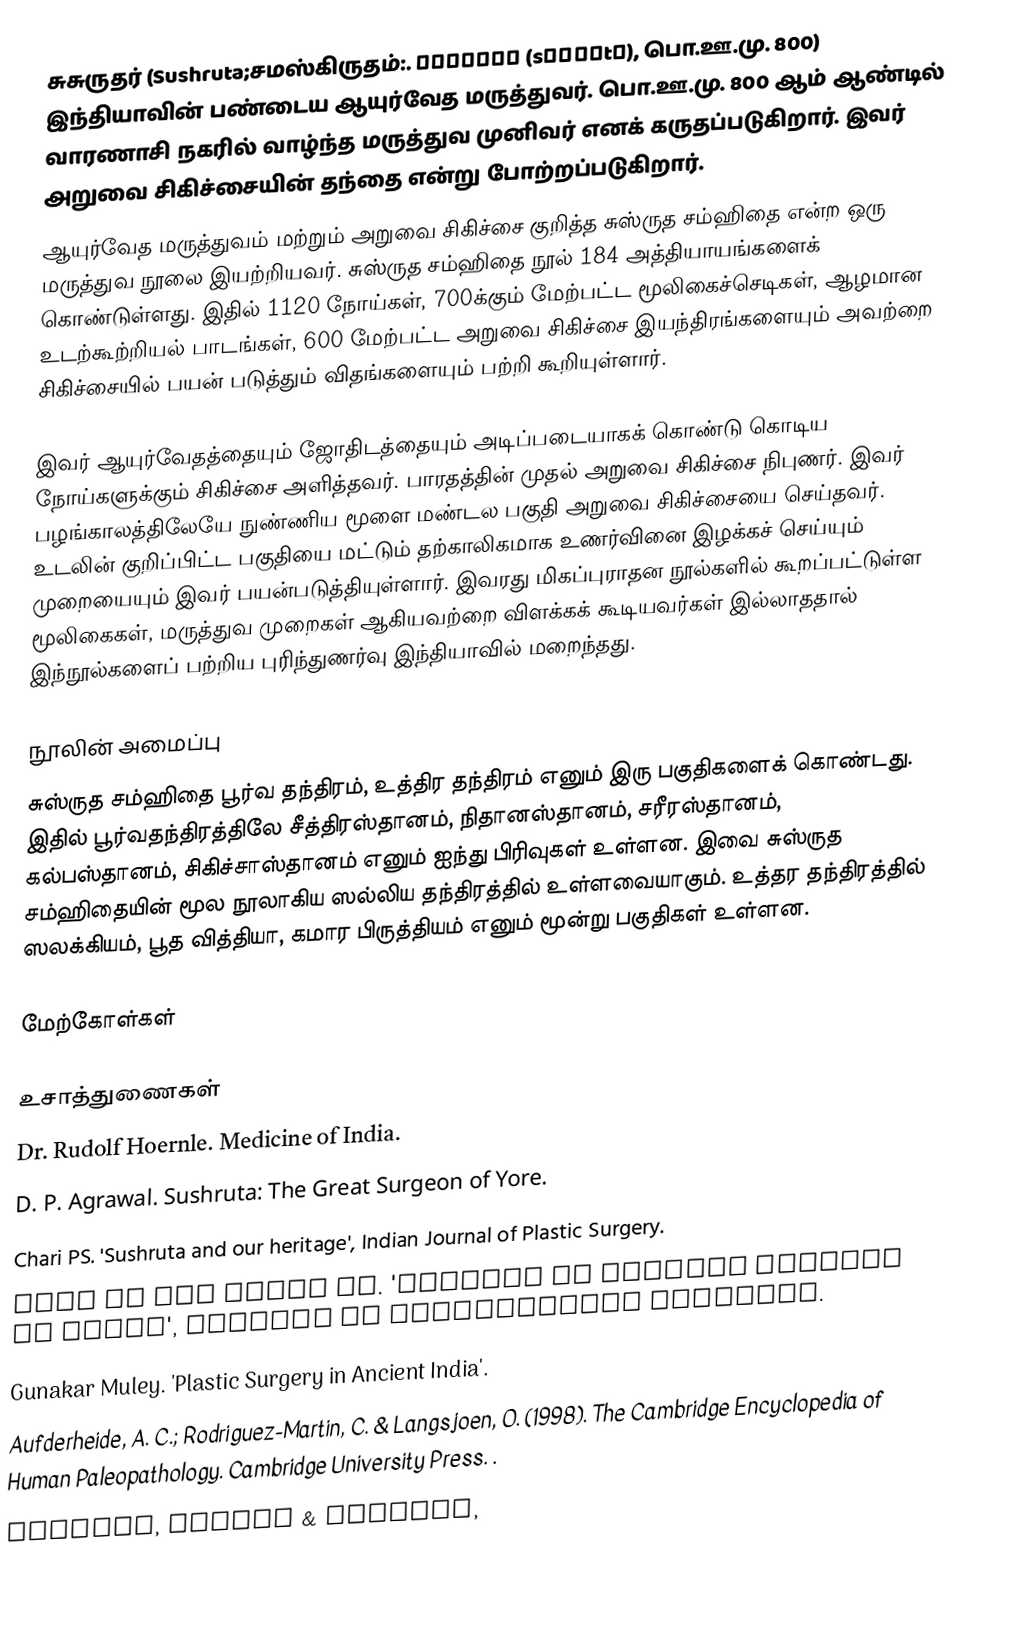
சுசுருதர் (Sushruta;சமஸ்கிருதம்:. सुश्रुत (sʊʃɾʊt̪), பொ.ஊ.மு. 800) இந்தியாவின் பண்டைய ஆயுர்வேத மருத்துவர். பொ.ஊ.மு. 800 ஆம் ஆண்டில் வாரணாசி நகரில் வாழ்ந்த மருத்துவ முனிவர் எனக் கருதப்படுகிறார். இவர் அறுவை சிகிச்சையின் தந்தை என்று போற்றப்படுகிறார்.
ஆயுர்வேத மருத்துவம் மற்றும் அறுவை சிகிச்சை  குறித்த சுஸ்ருத சம்ஹிதை என்ற ஒரு மருத்துவ நூலை இயற்றியவர். சுஸ்ருத சம்ஹிதை  நூல் 184 அத்தியாயங்களைக் கொண்டுள்ளது. இதில் 1120 நோய்கள், 700க்கும் மேற்பட்ட மூலிகைச்செடிகள், ஆழமான உடற்கூற்றியல் பாடங்கள், 600 மேற்பட்ட அறுவை சிகிச்சை இயந்திரங்களையும் அவற்றை சிகிச்சையில் பயன் படுத்தும் விதங்களையும் பற்றி கூறியுள்ளார்.

இவர் ஆயுர்வேதத்தையும் ஜோதிடத்தையும் அடிப்படையாகக் கொண்டு கொடிய நோய்களுக்கும் சிகிச்சை அளித்தவர். பாரதத்தின் முதல் அறுவை சிகிச்சை நிபுணர். இவர் பழங்காலத்திலேயே நுண்ணிய மூளை மண்டல பகுதி அறுவை சிகிச்சையை செய்தவர். உடலின் குறிப்பிட்ட பகுதியை மட்டும் தற்காலிகமாக உணர்வினை இழக்கச் செய்யும் முறையையும் இவர் பயன்படுத்தியுள்ளார். இவரது மிகப்புராதன நூல்களில் கூறப்பட்டுள்ள மூலிகைகள், மருத்துவ முறைகள் ஆகியவற்றை விளக்கக் கூடியவர்கள் இல்லாததால் இந்நூல்களைப் பற்றிய புரிந்துணர்வு இந்தியாவில் மறைந்தது.

நூலின் அமைப்பு
சுஸ்ருத சம்ஹிதை பூர்வ தந்திரம், உத்திர தந்திரம் எனும் இரு பகுதிகளைக் கொண்டது. இதில் பூர்வதந்திரத்திலே சீத்திரஸ்தானம், நிதானஸ்தானம், சரீரஸ்தானம், கல்பஸ்தானம், சிகிச்சாஸ்தானம் எனும் ஐந்து பிரிவுகள் உள்ளன. இவை சுஸ்ருத சம்ஹிதையின் மூல நூலாகிய ஸல்லிய தந்திரத்தில் உள்ளவையாகும். உத்தர தந்திரத்தில் ஸலக்கியம், பூத வித்தியா, கமார பிருத்தியம் எனும் மூன்று பகுதிகள் உள்ளன.

மேற்கோள்கள்

உசாத்துணைகள்
Dr. Rudolf Hoernle. Medicine of India.
D. P. Agrawal.  Sushruta: The Great Surgeon of Yore.
Chari PS.  'Sushruta and our heritage', Indian Journal of Plastic Surgery.
Rana RE and  Arora BS.  'History of Plastic Surgery in India', Journal of Postgraduate Medicine.
Gunakar Muley.  'Plastic Surgery in Ancient India'.
 Aufderheide,   A. C.; Rodriguez-Martin,  C. & Langsjoen, O. (1998). The Cambridge Encyclopedia of Human  Paleopathology. Cambridge  University Press. .
 Dwivedi, Girish & Dwivedi,